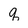
Character: q